Indian journal of veterinary science and animal husbandry - Volume 13,
Year: 1943
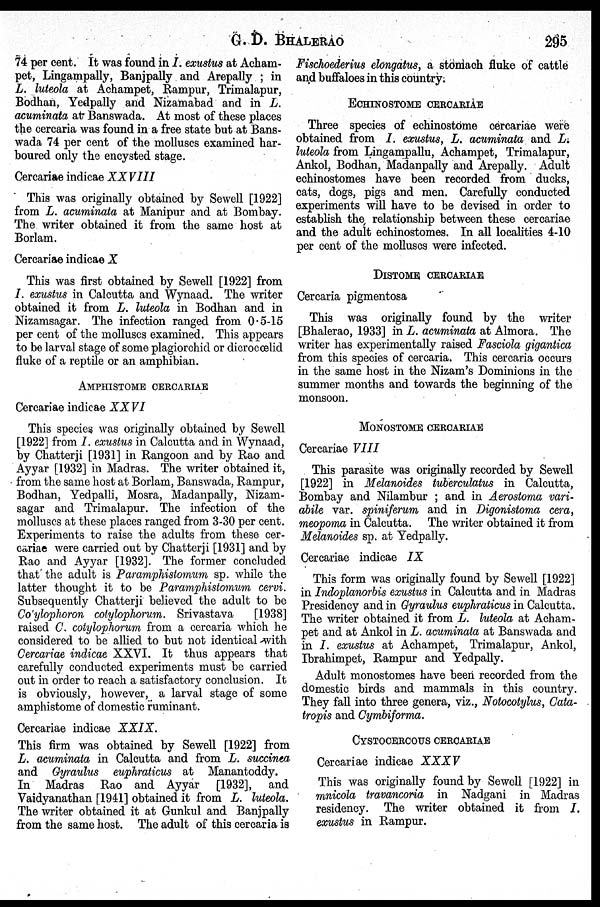
G. D.
BHALERAO
295
74 per cent. It was found in I. exustus at Acham-
pet, Lingampally, Banjpally and Arepally; in
L. luteola at Achampet, Rampur, Trimalapur,
Bodhan, Yedpally and Nizamabad and in L.
acuminata at Banswada. At most of these places
the cercaria was found in a free state but at Bans-
wada 74 per cent of the molluscs examined har-
boured only the encysted stage.
Cercariae indicae XXVIII
This was originally obtained by Sewell [1922]
from L. acuminata at Manipur and at Bombay.
The writer obtained it from the same host at
Borlam.
Cercariae indicae X
This was first obtained by Sewell [1922] from
I. exustus in Calcutta and Wynaad. The writer
obtained it from L. luteola in Bodhan and in
Nizamsagar. The infection ranged from 0.5-15
per cent of the molluscs examined. This appears
to be larval stage of some plagiorchid or dicrocoœlid
fluke of a reptile or an amphibian.
AMPHISTOME CERCARIAE
Cercariae indicae XXVI
This species was originally obtained by Sewell
[1922] from I. exustus in Calcutta and in Wynaad,
by Chatterji [1931] in Rangoon and by Rao and
Ayyar [1932] in Madras. The writer obtained it,
from the same host at Borlam, Banswada, Rampur,
Bodhan, Yedpalli, Mosra, Madanpally, Nizam-
sagar and Trimalapur. The infection of the
molluscs at these places ranged from 3-30 per cent.
Experiments to raise the adults from these cer-
cariae were carried out by Chatterji [1931] and by
Rao and Ayyar [1932]. The former concluded
that the adult is Paramphistomum sp. while the
latter thought it to be Paramphistomum cervi.
Subsequently Chatterji believed the adult to be
Co'ylophoron colylophorum. Srivastava
[1938]
raised C. cotylophorum from a cercaria which he
considered to be allied to but not identical with
Cercariae indicae XXVI. It thus appears that
carefully conducted experiments must be carried
out in order to reach a satisfactory conclusion. It
is obviously, however, a larval stage of some
amphistome of domestic ruminant.
Cercariae indicae XXIX.
This firm was obtained by Sewell [1922] from
L. acuminata in Calcutta and from L. succinea
and Gyraulus euphraticus at Manantoddy.
In Madras Rao and Ayyar [1932], and
Vaidyanathan [1941] obtained it from L. luteola.
The writer obtained it at Gunkul and Banjpally
from the same host. The adult of this cercaria is
Fischoederius elongatus, a stomach fluke of cattle
and buffaloes in this country.
ECHINOSTOME CERCARIAE
Three species of echinostome cercariae were
obtained from I. exustus, L. acuminata and L.
luteola from Lingampallu, Achampet, Trimalapur,
Ankol, Bodhan, Madanpally and Arepally. Adult
echinostomes have been recorded from ducks,
cats, dogs, pigs and men. Carefully conducted
experiments will have to be devised in order to
establish the relationship between these cercariae
and the adult echinostomes. In all localities 4-10
per cent of the molluscs were infected.
DISTOME CERCARIAE
Cercaria pigmentosa
This was originally found by the writer
[Bhalerao, 1933] in L. acuminata at Almora. The
writer has experimentally raised Fasciola gigantica
from this species of cercaria. This cercaria occurs
in the same host in the Nizam's Dominions in the
summer months and towards the beginning of the
monsoon.
MONOSTOME CERCARIAE
Cercariae VIII
This parasite was originally recorded by Sewell
[1922] in Melanoides tuberculatus in Calcutta,
Bombay and Nilambur; and in Aerostoma vari-
abile var. spiniferum and in Digonistoma cera,
meopoma in Calcutta. The writer obtained it from
Melanoides sp. at Yedpally.
Cercariae indicae IX
This form was originally found by Sewell [1922]
in Indoplanorbis exustus in Calcutta and in Madras
Presidency and in Gyraulus euphraticus in Calcutta.
The writer obtained it from L. luteola at Acham-
pet and at Ankol in L. acuminata at Banswada and
in I. exustus at Achampet, Trimalapur, Ankol,
Ibrahimpet, Rampur and Yedpally.
Adult monostomes have been recorded from the
domestic birds and mammals in this country.
They fall into three genera, viz., Notocotylus, Cata-
tropis and Cymbiforma.
CYSTOCERCOUS CERCARIAE
Cercariae indicae XXXV
This was originally found by Sewell [1922] in
mnicola travancoria in Nadgani in Madras
residency. The writer obtained it from I.
exustus in Rampur.